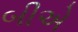
બીએ